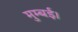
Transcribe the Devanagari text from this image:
मुम्बई।